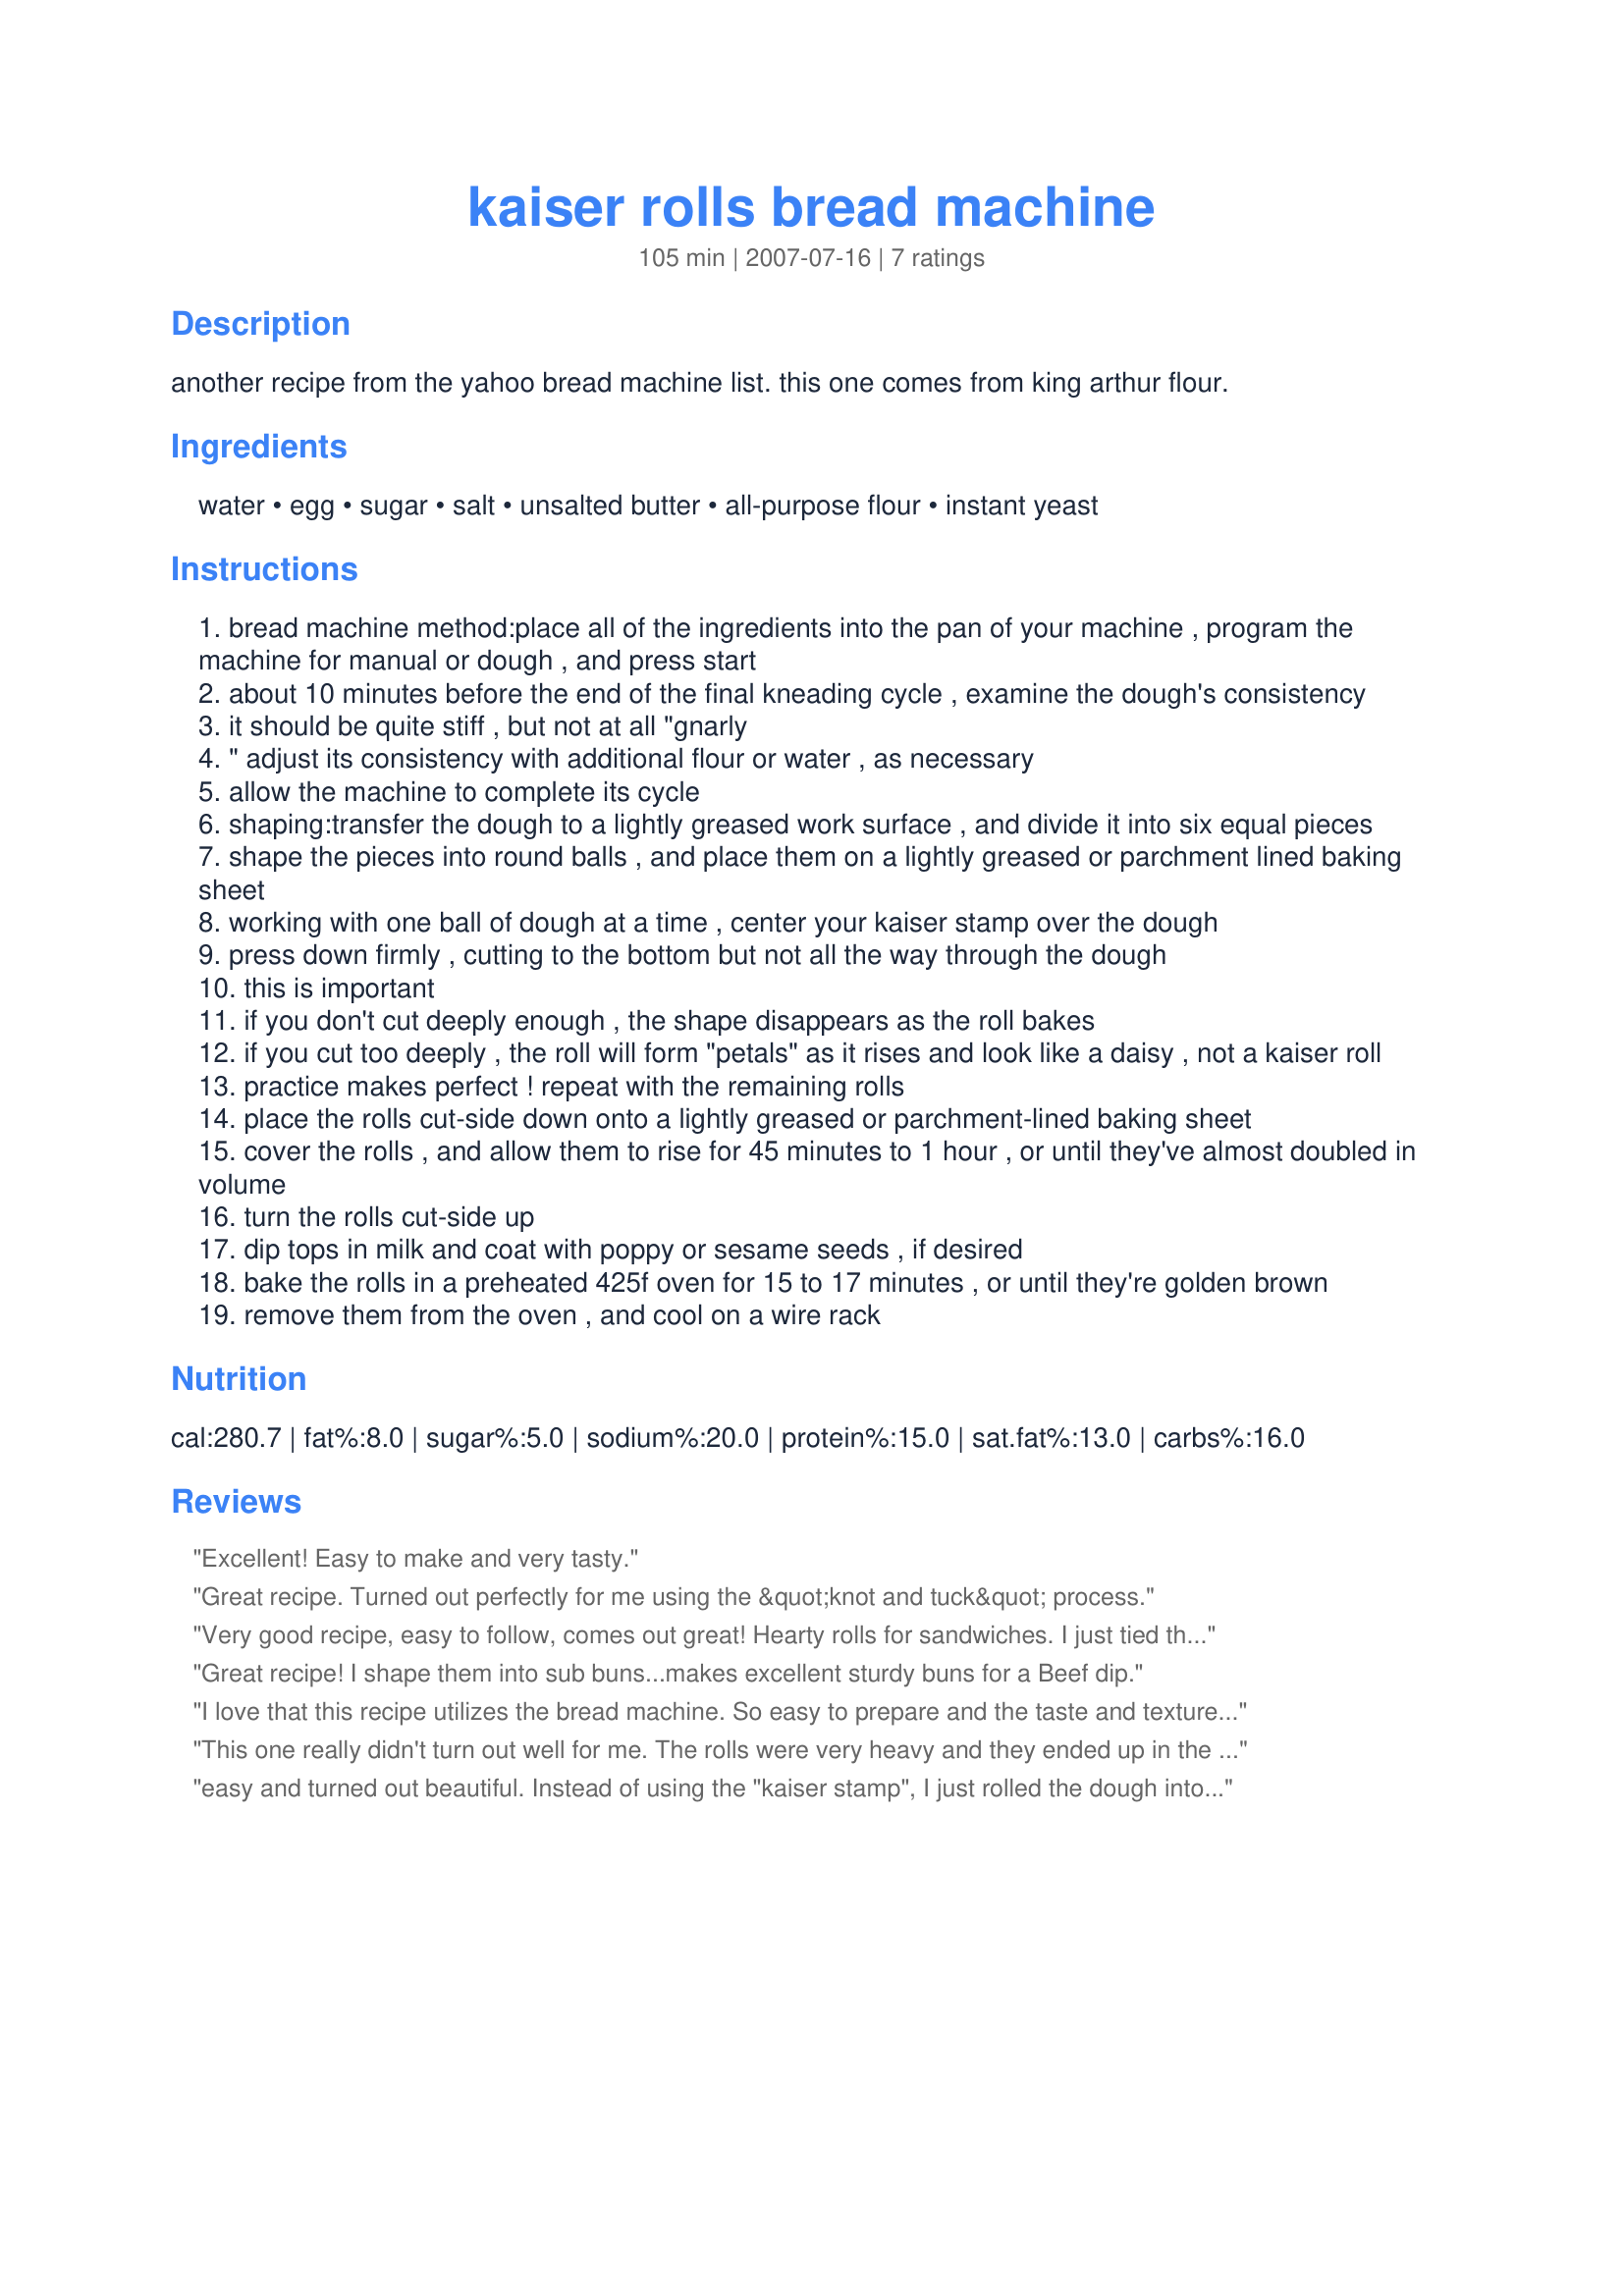
kaiser rolls bread machine
Preparation time: 105 minutes

another recipe from the yahoo bread machine list. this one comes from king arthur flour.

Ingredients:
water, egg, sugar, salt, unsalted butter, all-purpose flour, instant yeast

Steps:
bread machine method:place all of the ingredients into the pan of your machine , program the machine for manual or dough , and press start
about 10 minutes before the end of the final kneading cycle , examine the dough's consistency
it should be quite stiff , but not at all "gnarly
" adjust its consistency with additional flour or water , as necessary
allow the machine to complete its cycle
shaping:transfer the dough to a lightly greased work surface , and divide it into six equal pieces
shape the pieces into round balls , and place them on a lightly greased or parchment lined baking sheet
working with one ball of dough at a time , center your kaiser stamp over the dough
press down firmly , cutting to the bottom but not all the way through the dough
this is important
if you don't cut deeply enough , the shape disappears as the roll bakes
if you cut too deeply , the roll will form "petals" as it rises and look like a daisy , not a kaiser roll
practice makes perfect ! repeat with the remaining rolls
place the rolls cut-side down onto a lightly greased or parchment-lined baking sheet
cover the rolls , and allow them to rise for 45 minutes to 1 hour , or until they've almost doubled in volume
turn the rolls cut-side up
dip tops in milk and coat with poppy or sesame seeds , if desired
bake the rolls in a preheated 425f oven for 15 to 17 minutes , or until they're golden brown
remove them from the oven , and cool on a wire rack

Reviews:
Excellent! Easy to make and very tasty.
Great recipe. Turned out perfectly for me using the &quot;knot and tuck&quot; process.
Very good recipe, easy to follow, comes out great! Hearty rolls for sandwiches. I just tied them in a knot too, i don't have the fancy cutter. Great flavor, this would be perfect for sub sandwiches!
Great recipe! I shape them into sub buns...makes excellent sturdy buns for a Beef dip.
I love that this recipe utilizes the bread machine. So easy to prepare and the taste and texture is very close to Kaiser rolls found in German bakeries. We enjoyed these alongside our bratwurst. Thanks for posting!
This one really didn't turn out well for me. The rolls were very heavy and they ended up in the garbage. To be fair, I will try it another time and possibly substitute the all purpose flour for bread flour.
easy and turned out beautiful. Instead of using the "kaiser stamp", I just rolled the dough into a rope, tied a knot and tucked the ends. I'll try the other, more labor intensive recipe a different time and see if it's worth the extra work. But this turned out great in my book.
